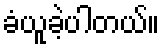
ခံယူခဲ့ပါတယ်။